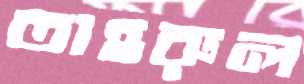
তাহরুল